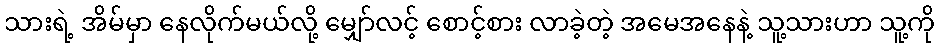
သားရဲ့ အိမ်မှာ နေလိုက်မယ်လို့ မျှော်လင့် စောင့်စား လာခဲ့တဲ့ အမေအနေနဲ့ သူ့သားဟာ သူ့ကို